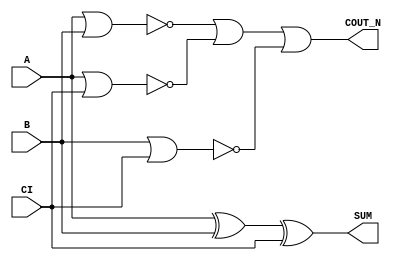
module sky130_fd_sc_hd__fahcon (
    COUT_N,
    SUM   ,
    A     ,
    B     ,
    CI
);

    // Module ports
    output COUT_N;
    output SUM   ;
    input  A     ;
    input  B     ;
    input  CI    ;

    // Local signals
    wire xor0_out_SUM ;
    wire a_b          ;
    wire a_ci         ;
    wire b_ci         ;
    wire or0_out_coutn;

    //  Name  Output         Other arguments
    xor xor0 (xor0_out_SUM , A, B, CI       );
    buf buf0 (SUM          , xor0_out_SUM   );
    nor nor0 (a_b          , A, B           );
    nor nor1 (a_ci         , A, CI          );
    nor nor2 (b_ci         , B, CI          );
    or  or0  (or0_out_coutn, a_b, a_ci, b_ci);
    buf buf1 (COUT_N       , or0_out_coutn  );

endmodule